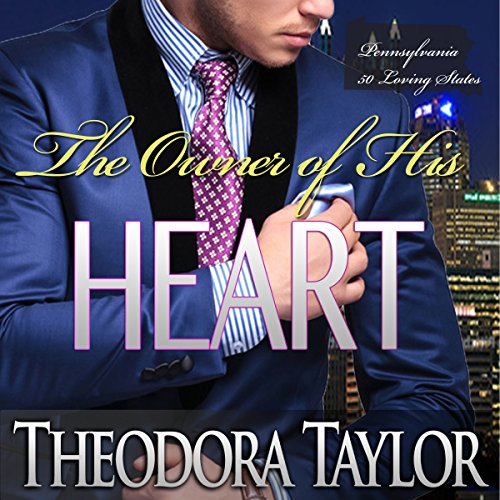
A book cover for The Owner of His Heart; Theodora Taylor; Romance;